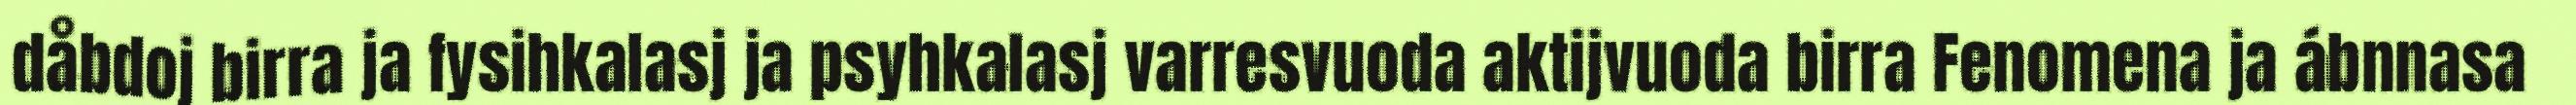
dåbdoj birra ja fysihkalasj ja psyhkalasj varresvuoda aktijvuoda birra Fenomena ja ábnnasa